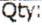
QTY: